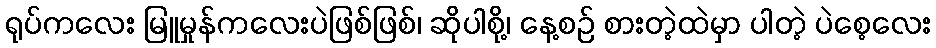
ရုပ်ကလေး မြူမှုန်ကလေးပဲဖြစ်ဖြစ်၊ ဆိုပါစို့၊ နေ့စဉ် စားတဲ့ထဲမှာ ပါတဲ့ ပဲစေ့လေး